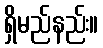
ရှိမည်နည်း။